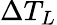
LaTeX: \Delta T_{L}